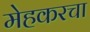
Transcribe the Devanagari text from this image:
मेहकरचा